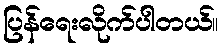
ပြန်ရေးလိုက်ပါတယ်။